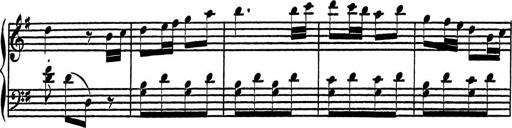
Title: 4 Piano Sonatinas
Composer: Adam Geibel